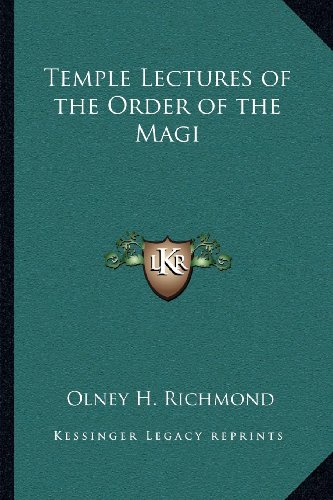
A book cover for Temple Lectures of the Order of the Magi; Olney H. Richmond; Literature & Fiction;